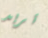
تريد